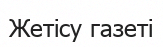
Жетісу газеті